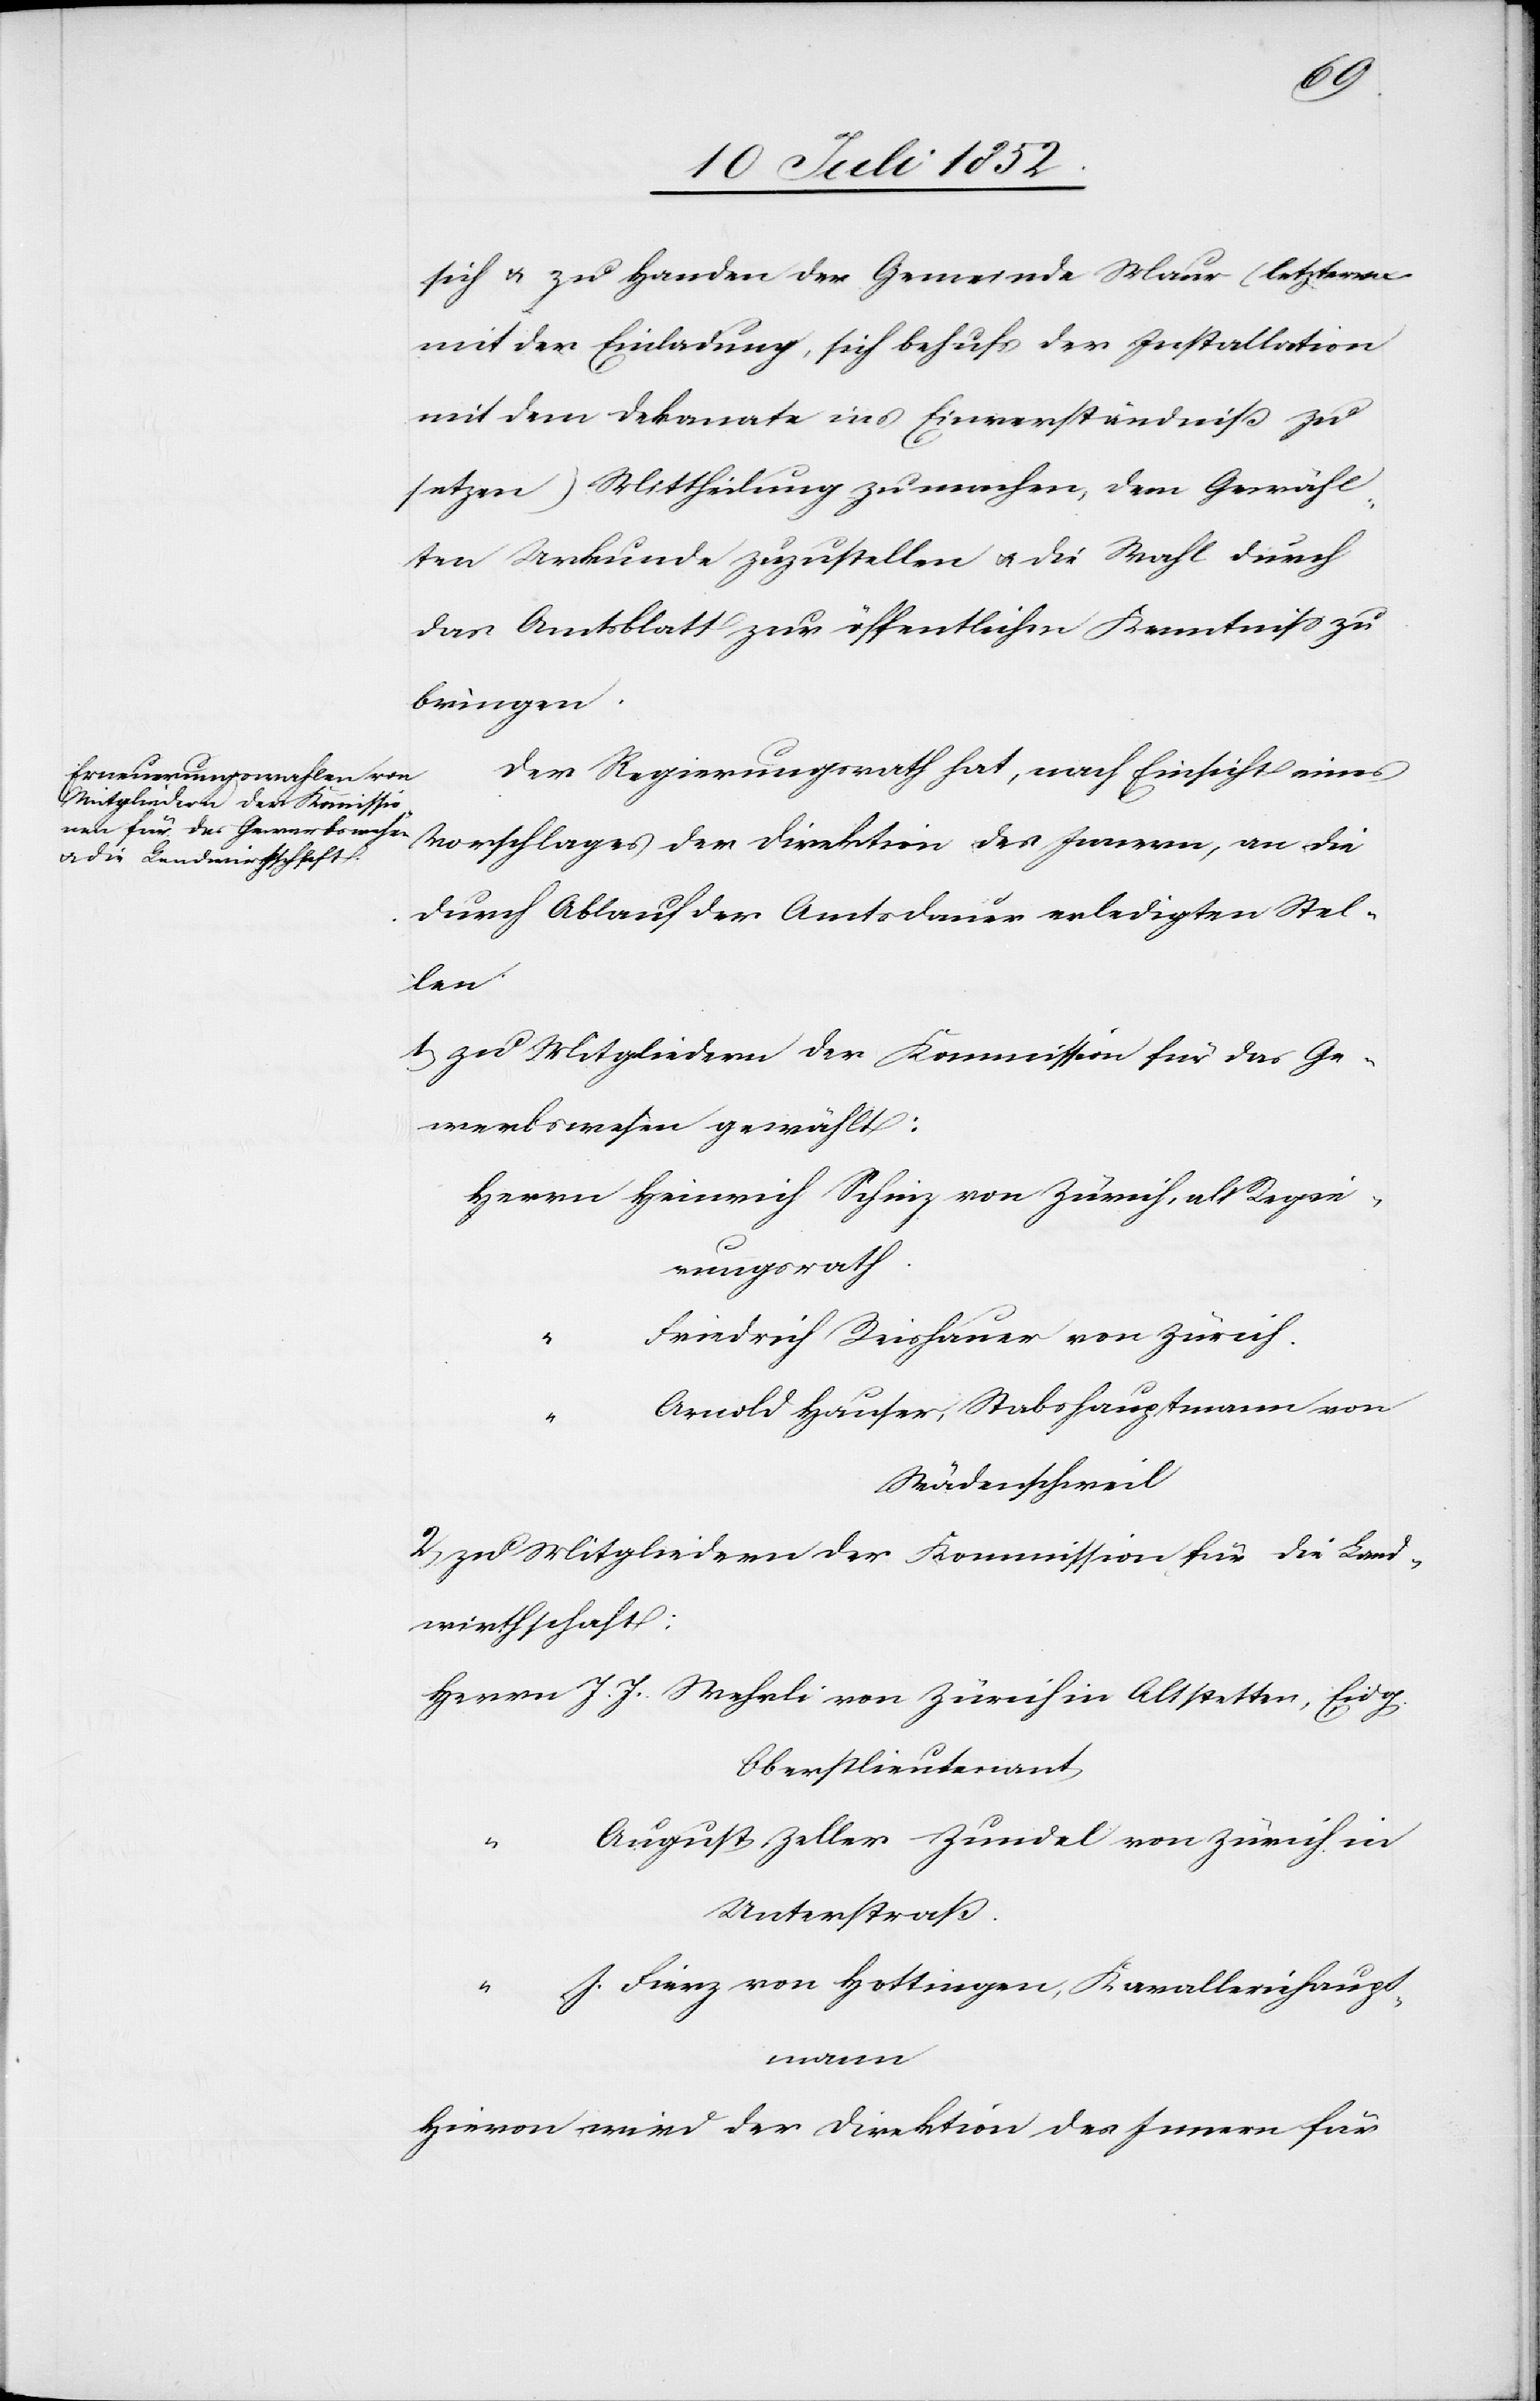
sich & zu Handen der Gemeinde Maur (letzteren
mit der Einladung, sich behufs der Installation
mit dem Dekanate ins Einverständniß zu
setzen) Mittheilung zu machen, dem Gewähl¬
ten Urkunde zuzustellen & die Wahl durch
das Amtsblatt zur öffentlichen Kenntniss zu
bringen.
Der Regierungsrath hat, nach Einsicht eines
Vorschlages der Direktion des Innern, an die
durch Ablauf der Amtsdauer erledigten Stel¬
len
zu Mitgliedern der Kommission für das Ge¬
werbswesen gewählt:
Herrn Heinrich Schinz von Zürich, alt Regie¬
rungsrath.
Friedrich Reishauer von Zürich.
Arnold Hauser, Stabshauptmann von
Wädenschweil
zu Mitgliedern der Kommission für die Land¬
wirthschaft:
Herrn J. J. Wehrli von Zürich in Altstetten, Eidg.
Oberstlieutenant
August Zeller-Zundel von Zürich in
Unterstraß.
“ J. Fierz von Hottingen, Kavalleriehaupt¬
mann
Hievon wird der Direktion des Innern für